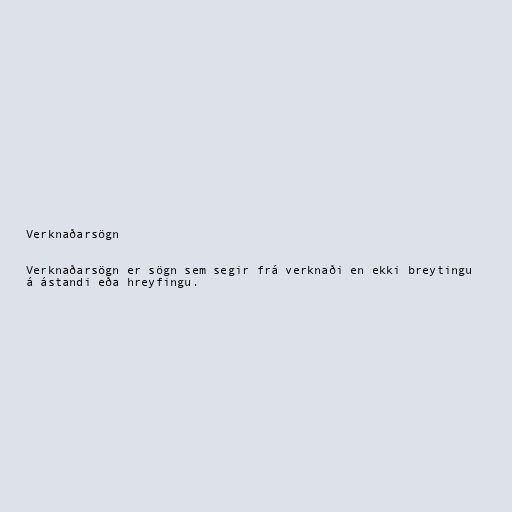
Verknaðarsögn

Verknaðarsögn er sögn sem segir frá verknaði en ekki breytingu
á ástandi eða hreyfingu.